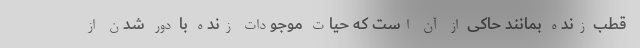
قطب زنده بمانند حاکی از آن است که حیات موجودات زنده با دور شدن از